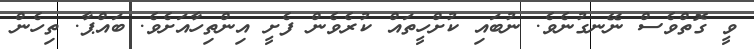
ވީ ގޮތްވެސް ނޭނގުނެވެ. ނުބައި ކުށްހީތައް ކުރެވެން ފެށީ އިންތިހާއަށެވެ. ބައްޕާ. ތިހެން